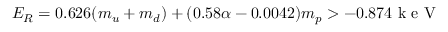
E _ { R } = 0 . 6 2 6 ( m _ { u } + m _ { d } ) + ( 0 . 5 8 \alpha - 0 . 0 0 4 2 ) m _ { p } > - 0 . 8 7 4 \mathrm { ~ k ~ e ~ V ~ }